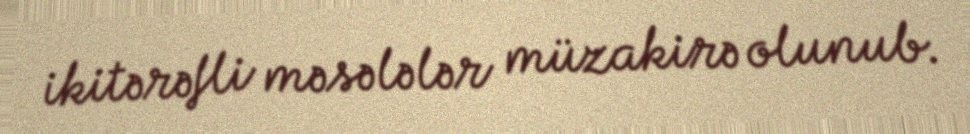
ikitərəfli məsələlər müzakirə olunub.